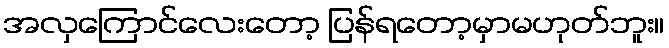
အလှကြောင်လေးတော့ ပြန်ရတော့မှာမဟုတ်ဘူး။